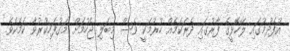
އުފެދުމުގައި ލޭހޮޅީގެ ފާރުގައި ދެރަކަމެއް ހުރުމަކީ ވެސް މިބަލި ޖެހުމަށް މަގުފަހިކުރުވާ ކަމެކެވެ.